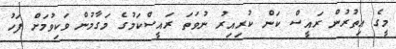
މީގެ އިތުރުން ރައީސް ކަން ކުރިއިރު ނުވަތަ ރައީސްކަމުގެ މަގާމުން ވަކިވުމަށް ފަހު